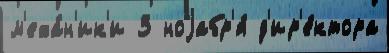
м'еха́н'ик'и 3 ноjабр'я́ д'ир'е́ктора